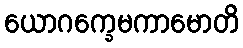
ယောဂက္ခေမကာမောတိ